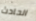
الحادث